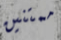
ممتنين